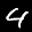
Label: 4